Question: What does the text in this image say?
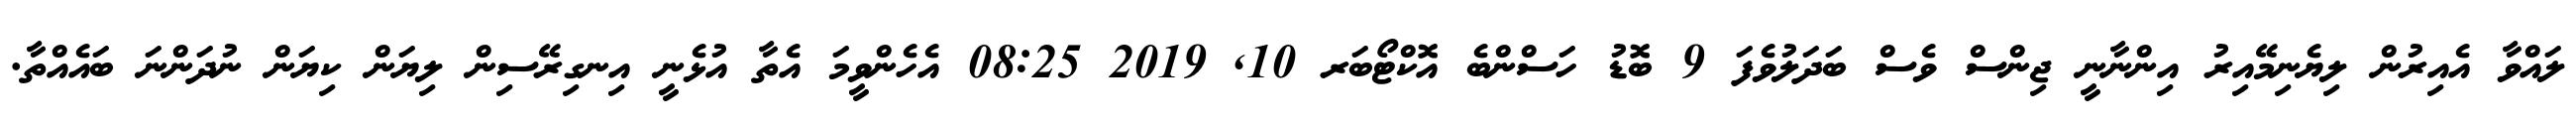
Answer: ލައްވާ އެއިރުން ލިޔެނިމޭއިރު އިންނާނީ ޖިންސް ވެސް ބަދަލުވެފަ 9 ބޮޑު ހަސްންބެ އޮކްޓޯބަރ 10, 2019 08:25 އެހެންވީމަ އެތާ އުޅެނީ އިނގިރޭސިން ލިޔަން ކިޔަން ނުދަންނަ ބައެއްތާ.